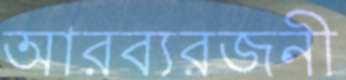
আরব্যরজনী